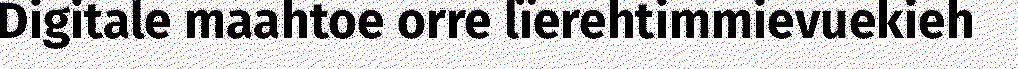
Digitale maahtoe orre lïerehtimmievuekieh